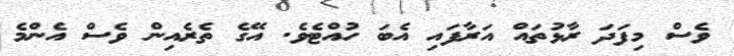
ވެސް މިފަދަ ރާޅުތައް އަރާފައި އެބަ ހުއްޓެވެ. އޭގެ ތެރެއިން ވެސް އެންމެ